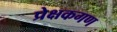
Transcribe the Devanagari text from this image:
प्रेक्षकगण